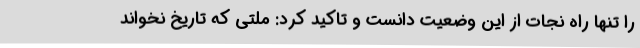
را تنها راه نجات از این وضعیت دانست و تاکید کرد: ملتی که تاریخ نخواند